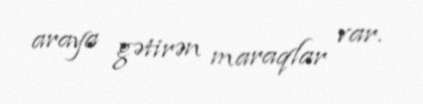
araya gətirən maraqlar var.